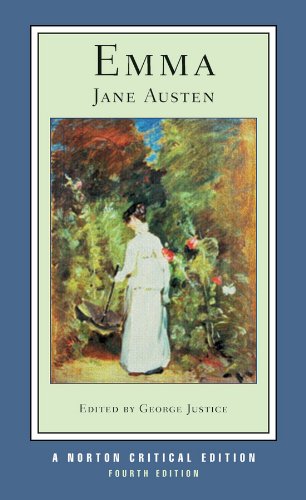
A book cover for Emma (Fourth Edition)  (Norton Critical Editions); Jane Austen; Literature & Fiction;